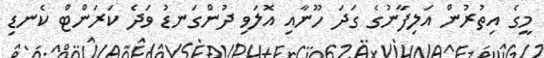
މީގެ އިތުރުން އަލިފާނުގެ ގަދަ ހޫނާއި އޮލަވި ދުންގަނޑު ވަދެ ކަރަންޓް ކެނޑި